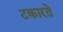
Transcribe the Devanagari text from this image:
टकारते